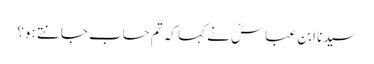
سیدنا ابن عباسؓ نے کہا کہ تم حساب جانتے ہو؟